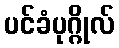
ပင်ခံပုဂ္ဂိုလ်